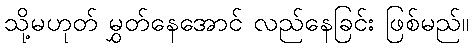
သို့မဟုတ် မွှတ်နေအောင် လည်နေခြင်း ဖြစ်မည်။